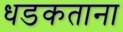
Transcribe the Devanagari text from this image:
धडकताना